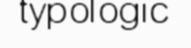
typologic